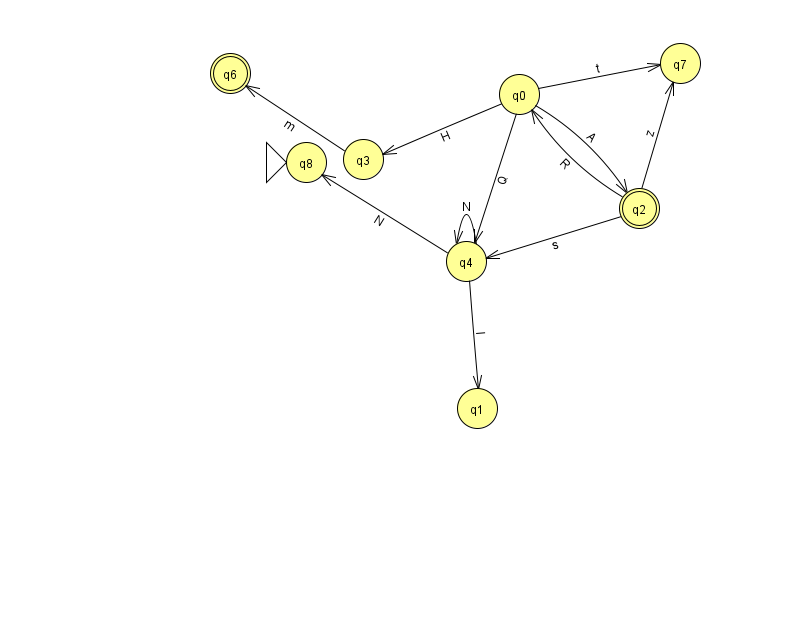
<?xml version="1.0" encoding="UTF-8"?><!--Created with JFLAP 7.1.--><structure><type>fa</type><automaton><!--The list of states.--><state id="0" name="q0"><x>519.0</x><y>81.0</y></state><state id="1" name="q1"><x>477.0</x><y>395.0</y></state><state id="2" name="q2"><x>639.0</x><y>195.0</y><final/></state><state id="3" name="q3"><x>363.0</x><y>146.0</y></state><state id="4" name="q4"><x>466.0</x><y>248.0</y></state><state id="6" name="q6"><x>230.0</x><y>60.0</y><final/></state><state id="7" name="q7"><x>680.0</x><y>50.0</y></state><state id="8" name="q8"><x>306.0</x><y>149.0</y><initial/></state><!--The list of transitions.--><transition><from>2</from><to>0</to><read>R</read></transition><transition><from>4</from><to>8</to><read>N</read></transition><transition><from>0</from><to>7</to><read>t</read></transition><transition><from>0</from><to>2</to><read>A</read></transition><transition><from>0</from><to>4</to><read>Q</read></transition><transition><from>2</from><to>4</to><read>s</read></transition><transition><from>0</from><to>3</to><read>H</read></transition><transition><from>3</from><to>6</to><read>m</read></transition><transition><from>2</from><to>7</to><read>z</read></transition><transition><from>4</from><to>4</to><read>N</read></transition><transition><from>4</from><to>1</to><read>I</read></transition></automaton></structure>